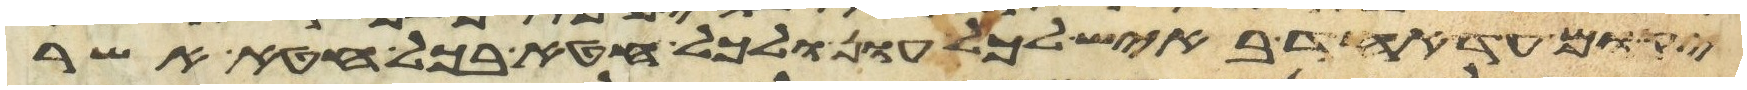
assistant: יקום עד אחד באיש לכל עון ולכל חטא בכל חטא אשר